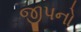
જીપનો